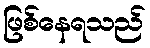
ဖြစ်နေရသည်